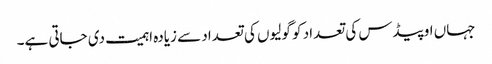
جہاں اوپیڈس کی تعداد کو گولیوں کی تعداد سے زیادہ اہمیت دی جاتی ہے۔